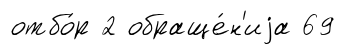
отбо́р 2 обраще́н'иjа 69